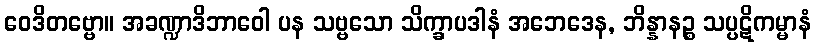
ဝေဒိတဗ္ဗော။ အခဏ္ဍာဒိဘာဝေါ ပန သဗ္ဗသော သိက္ခာပဒါနံ အဘေဒေန, ဘိန္နာနဉ္စ သပ္ပဋိကမ္မာနံ